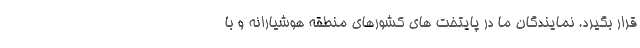
قرار بگیرد. نمایندگان ما در پایتخت های کشورهای منطقه هوشیارانه و با